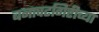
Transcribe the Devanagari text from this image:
बनावटगिरीच्या